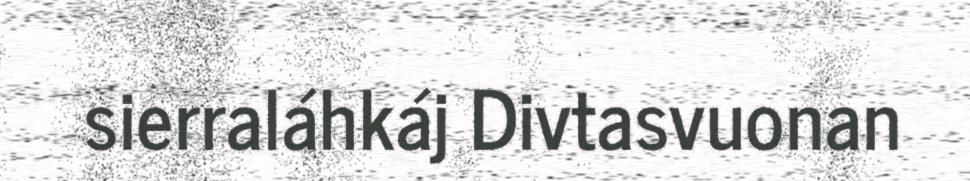
sierraláhkáj Divtasvuonan